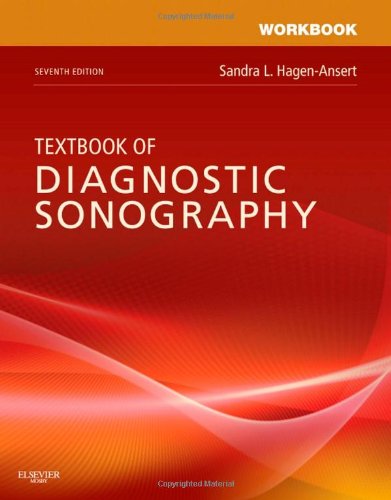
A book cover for Workbook for Textbook of Diagnostic Sonography, 7e; Sandra L. Hagen-Ansert MS  RDMS  RDCS  FASE  FSDMS; Medical Books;